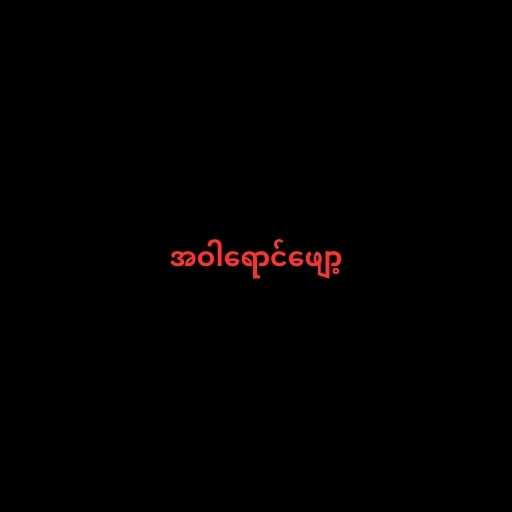
အဝါရောင်ဖျော့